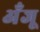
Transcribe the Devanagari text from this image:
अँजू